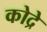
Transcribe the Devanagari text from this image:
कोद्रे